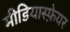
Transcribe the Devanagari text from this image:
मीडियास्फ़ेयर